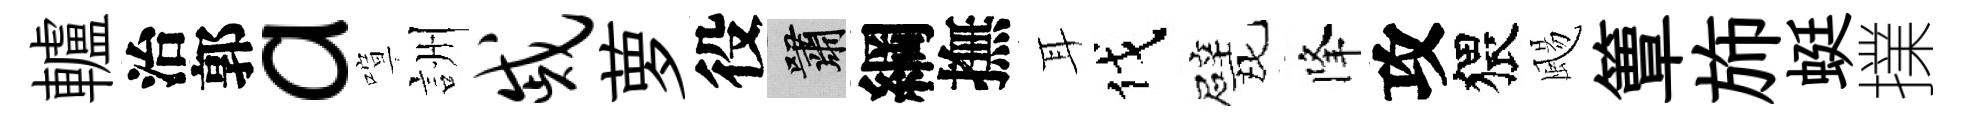
轤治郭a喧詶戚萝役嘯綱撫耳伐戏降攻猥颺簟斾蜓擈